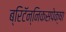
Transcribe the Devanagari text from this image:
ब्रिटॅन्निकसपेक्षा